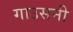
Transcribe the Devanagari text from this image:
गाउसनी